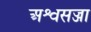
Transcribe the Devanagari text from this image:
अश्वसज्जा